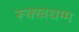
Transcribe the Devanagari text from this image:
रूक्खधम्म